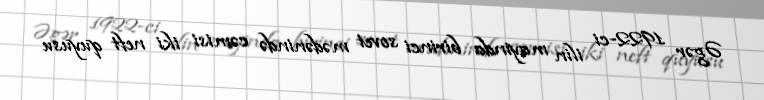
Əgər 1922-ci ilin mayında birinci sovet mədənində cəmisi iki neft quyusu